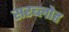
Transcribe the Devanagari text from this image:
सरब्लोह